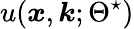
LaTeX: u(\boldsymbol{x},\boldsymbol{k};\Theta^{\star})